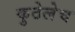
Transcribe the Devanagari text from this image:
कुठेलेच